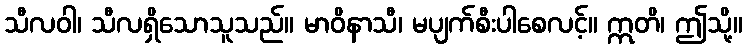
သီလဝါ၊ သီလရှိသောသူသည်။ မာဝိနာသီ၊ မပျက်စီးပါစေလင့်။ ဣတိ၊ ဤသို့။